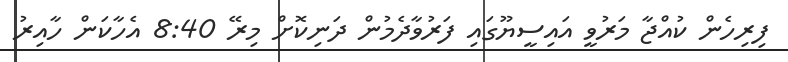
ފިރިހެން ކުއްޖާ މަރުވީ އައިސީޔޫގައި ފަރުވާދެމުން ދަނިކޮށް މިރޭ 8:40 އެހާކަން ހާއިރު